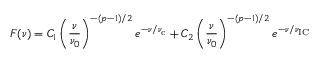
F ( \nu ) = C _ { 1 } \left( \frac { \nu } { \nu _ { 0 } } \right) ^ { - ( p - 1 ) / 2 } e ^ { - \nu / \nu _ { \mathrm { c } } } + C _ { 2 } \left( \frac { \nu } { \nu _ { 0 } } \right) ^ { - ( p - 1 ) / 2 } e ^ { - \nu / \nu _ { \mathrm { I C } } }